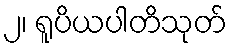
၂၊ ရူပိယပါတိသုတ်